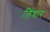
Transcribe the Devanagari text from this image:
लिंचार